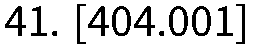
41. [404.001]